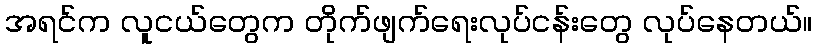
အရင်က လူငယ်တွေက တိုက်ဖျက်ရေးလုပ်ငန်းတွေ လုပ်နေတယ်။